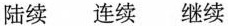
陆续 连续 继续